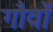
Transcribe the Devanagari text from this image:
गौवों